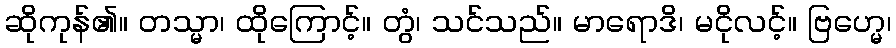
ဆိုကုန်၏။ တသ္မာ၊ ထိုကြောင့်။ တွံ၊ သင်သည်။ မာရောဒိ၊ မငိုလင့်။ ဗြဟ္မေ၊